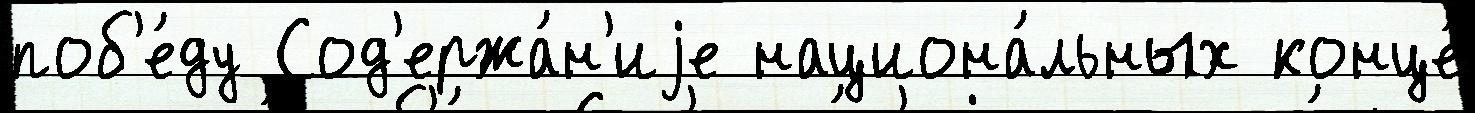
поб'е́ду Сод'ержа́н'иjе национа́льных конце́